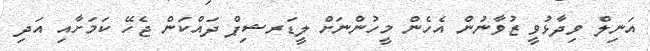
އަނިލް ވިދާޅުވީ ޒުވާނުން އެހެން މީހުންނަށް ލީޑަރޝިޕް ދައްކަން ޖެހޭ ކަމަށާއި އަދި